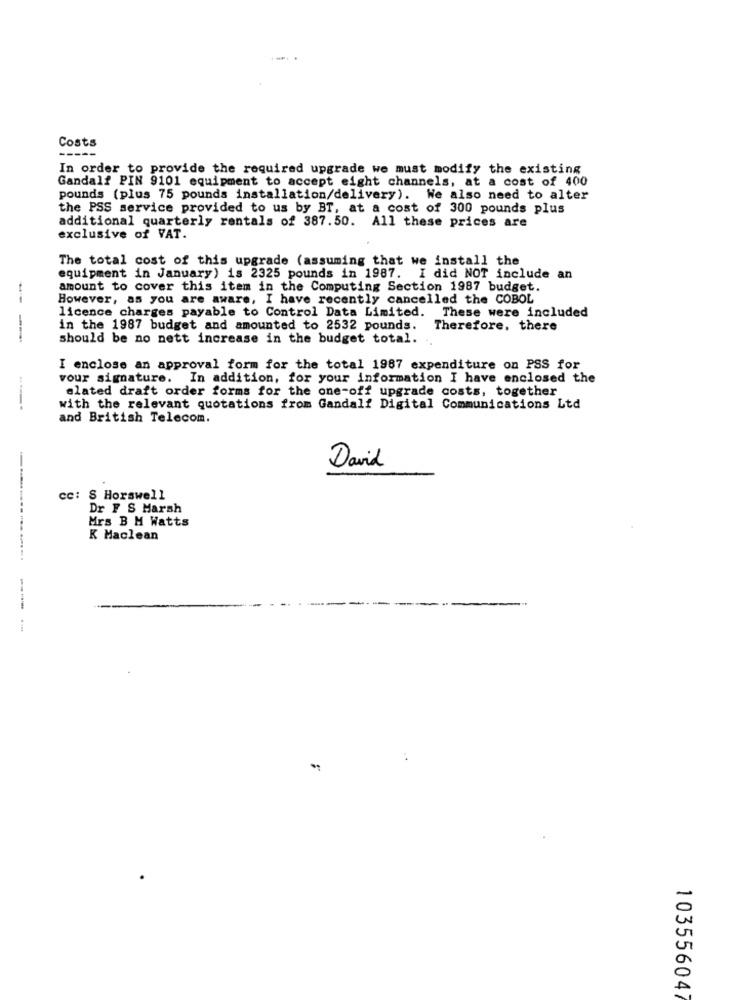
Costs
-----
In order to provide the required upgrade we must modify the existing
Gandalf PIN 9101 equipment to accept eight channels, at a cost of 400
pounds (plus 75 pounds installation/delivery). We also need to alter
the PSS service provided to us by BT, at a cost of 300 pounds plus
additional quarterly rentals of 387.50. All these prices are
exclusive of VAT.
The total cost of this upgrade (assuming that we install the
equipment in January) is 2325 pounds in 1987. I did NOT include an
amount to cover this item in the Computing Section 1987 budget.
--
However, as you are aware, I have recently cancelled the COBOL
licence charges payable to Control Data Limited. These were included
in the 1987 budget and amounted to 2532 pounds. Therefore, there
----
should be no nett increase in the budget total.
I enclose an approval form for the total 1987 expenditure on PSS for
vour signature. In addition, for your information I have enclosed the
slated draft order forms for the one-off upgrade costs, together
---
with the relevant quotations from Gandalf Digital Communications Ltd
and British Telecom.
David
cc: S Horswell
Dr F S Marsh
Mrs B M Watts
K Maclean
----
103556047